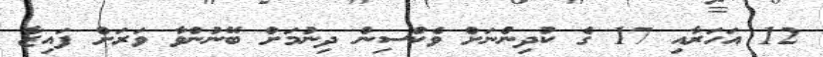
12 އަހަރާއި 17 ގެ ކުދިންނަށް ވެކްސިން ދިނުމަށް ބޭނުންވާ ވަރަށް ފައިޒާ